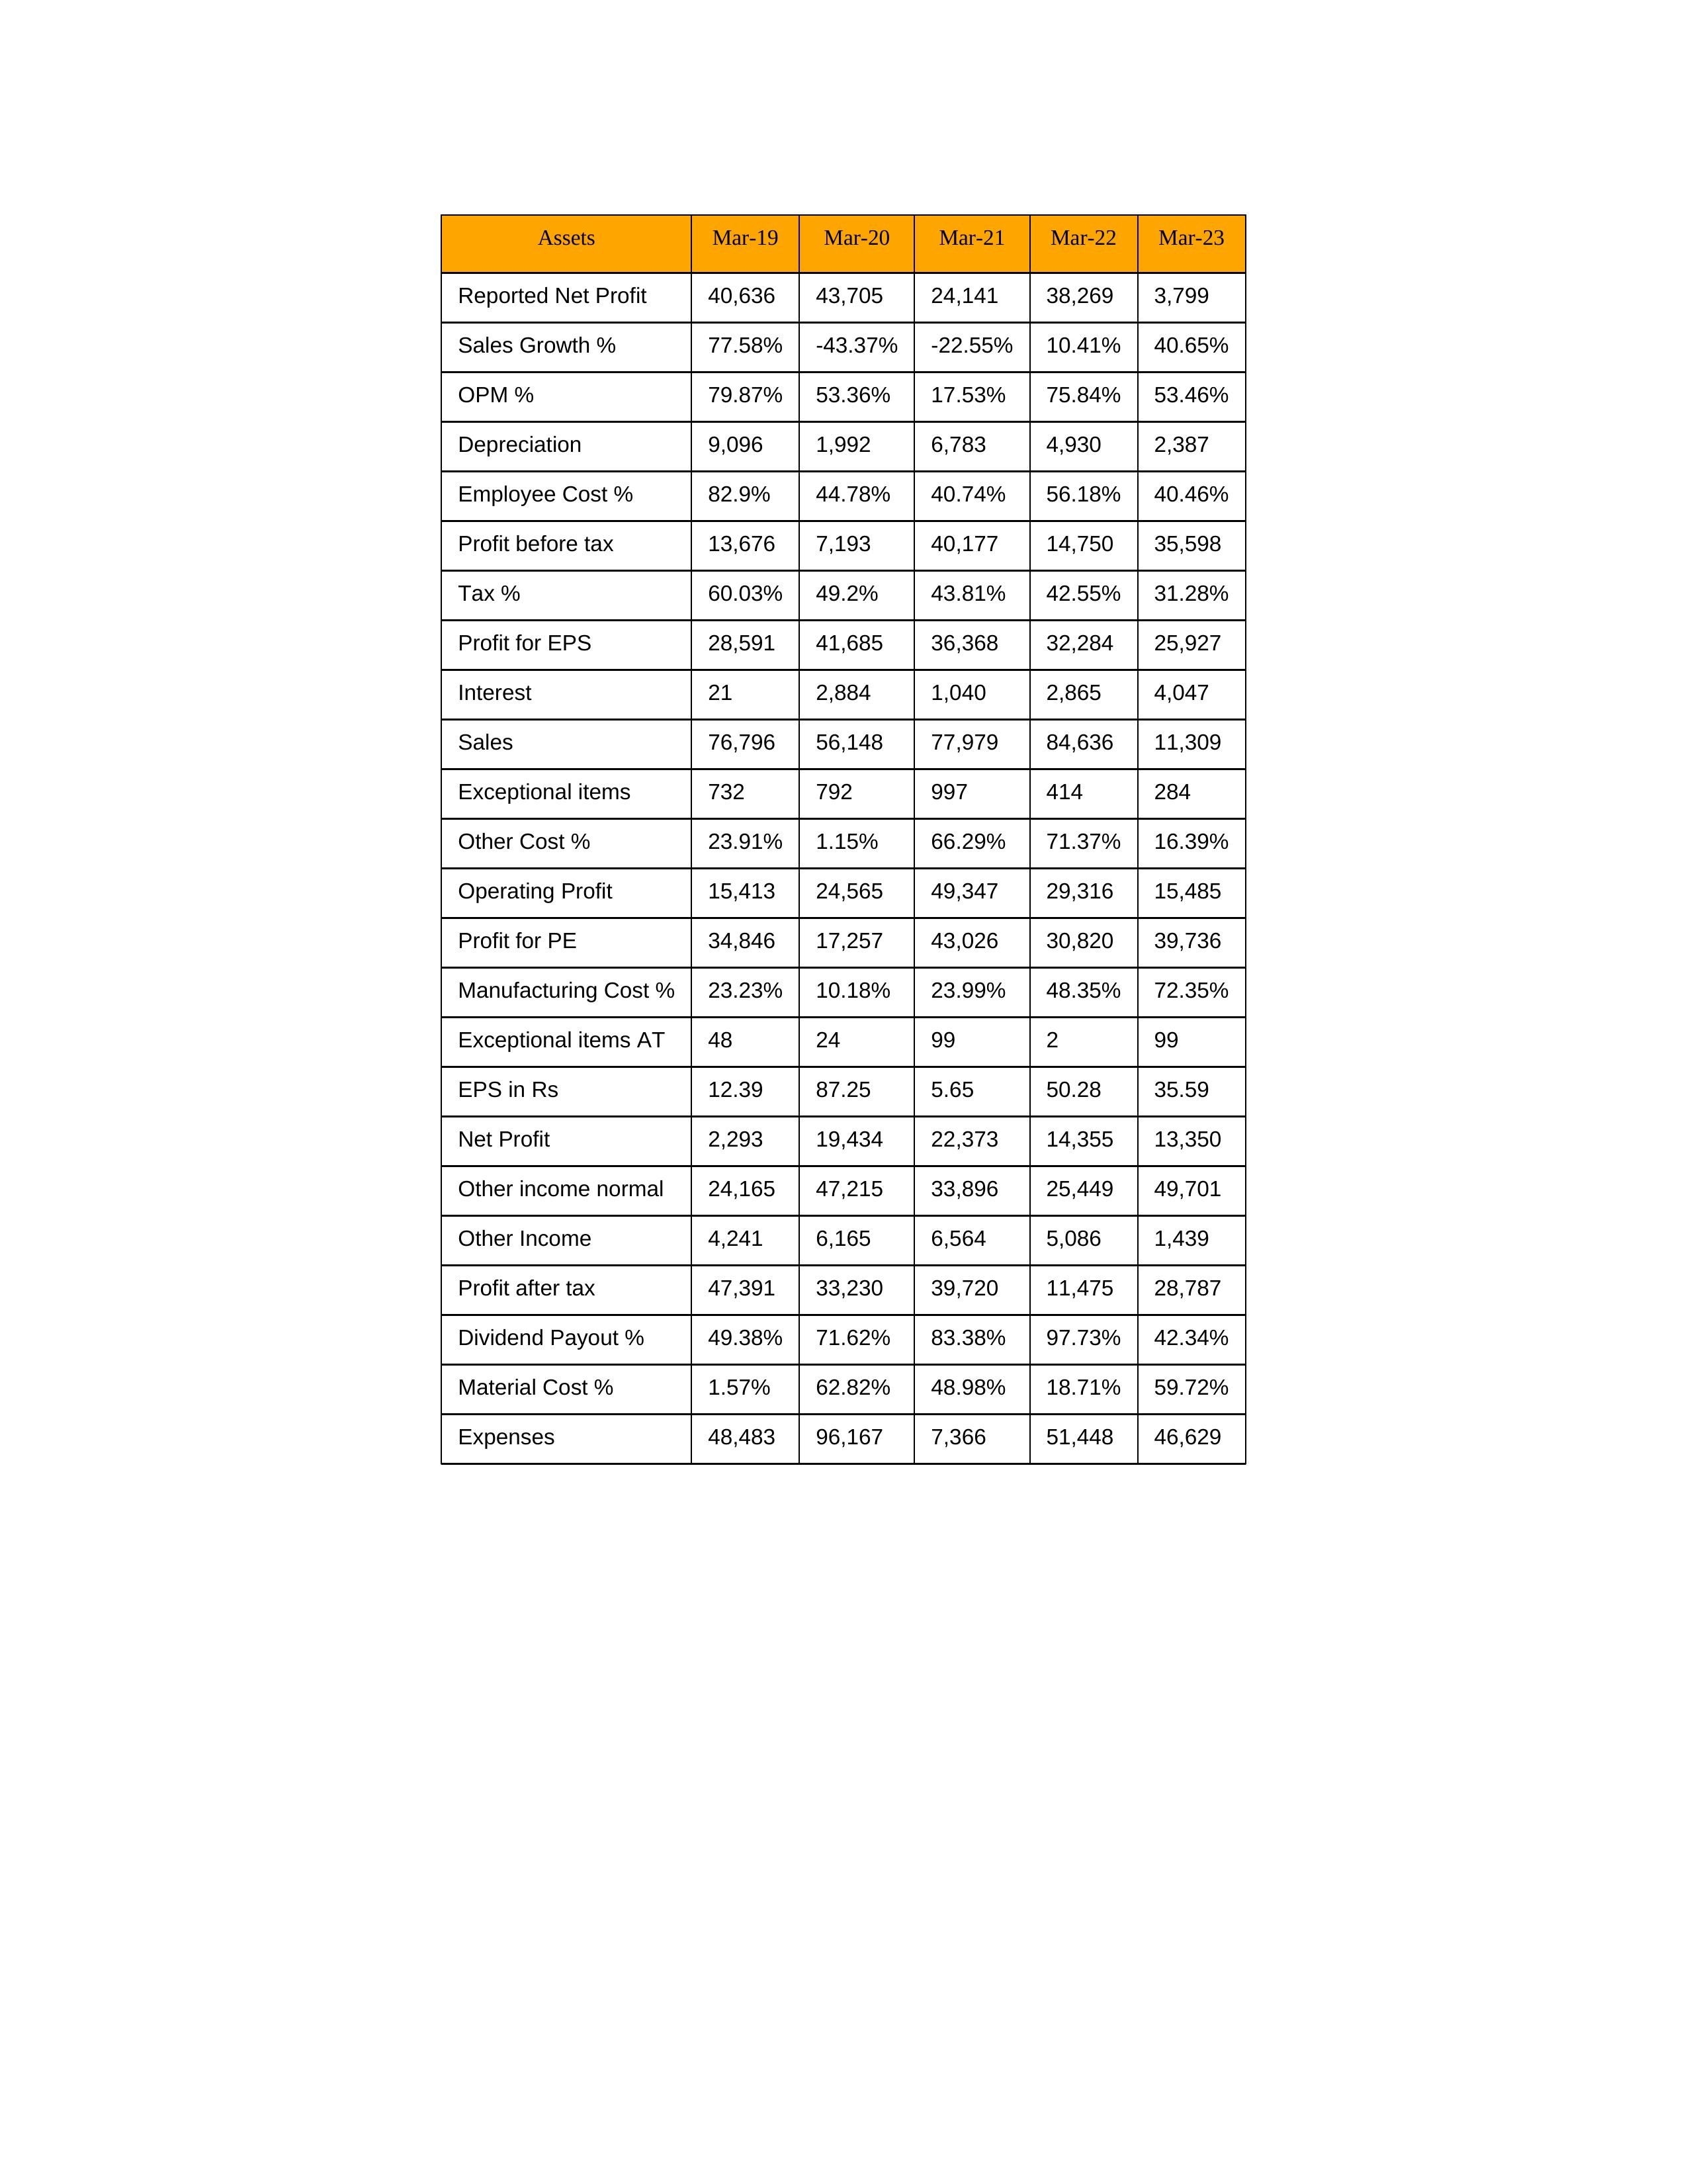
gt_parse: Mar-19: Sales: 76,796
Sales Growth %: 77.58%
Expenses: 48,483
Material Cost %: 1.57%
Manufacturing Cost %: 23.23%
Employee Cost %: 82.9%
Other Cost %: 23.91%
Operating Profit: 15,413
OPM %: 79.87%
Other Income: 4,241
Exceptional items: 732
Other income normal: 24,165
Interest: 21
Depreciation: 9,096
Profit before tax: 13,676
Tax %: 60.03%
Net Profit: 2,293
Profit after tax: 47,391
Reported Net Profit: 40,636
Profit for EPS: 28,591
Exceptional items AT: 48
Profit for PE: 34,846
EPS in Rs: 12.39
Dividend Payout %: 49.38%
Mar-20: Sales: 56,148
Sales Growth %: -43.37%
Expenses: 96,167
Material Cost %: 62.82%
Manufacturing Cost %: 10.18%
Employee Cost %: 44.78%
Other Cost %: 1.15%
Operating Profit: 24,565
OPM %: 53.36%
Other Income: 6,165
Exceptional items: 792
Other income normal: 47,215
Interest: 2,884
Depreciation: 1,992
Profit before tax: 7,193
Tax %: 49.2%
Net Profit: 19,434
Profit after tax: 33,230
Reported Net Profit: 43,705
Profit for EPS: 41,685
Exceptional items AT: 24
Profit for PE: 17,257
EPS in Rs: 87.25
Dividend Payout %: 71.62%
Mar-21: Sales: 77,979
Sales Growth %: -22.55%
Expenses: 7,366
Material Cost %: 48.98%
Manufacturing Cost %: 23.99%
Employee Cost %: 40.74%
Other Cost %: 66.29%
Operating Profit: 49,347
OPM %: 17.53%
Other Income: 6,564
Exceptional items: 997
Other income normal: 33,896
Interest: 1,040
Depreciation: 6,783
Profit before tax: 40,177
Tax %: 43.81%
Net Profit: 22,373
Profit after tax: 39,720
Reported Net Profit: 24,141
Profit for EPS: 36,368
Exceptional items AT: 99
Profit for PE: 43,026
EPS in Rs: 5.65
Dividend Payout %: 83.38%
Mar-22: Sales: 84,636
Sales Growth %: 10.41%
Expenses: 51,448
Material Cost %: 18.71%
Manufacturing Cost %: 48.35%
Employee Cost %: 56.18%
Other Cost %: 71.37%
Operating Profit: 29,316
OPM %: 75.84%
Other Income: 5,086
Exceptional items: 414
Other income normal: 25,449
Interest: 2,865
Depreciation: 4,930
Profit before tax: 14,750
Tax %: 42.55%
Net Profit: 14,355
Profit after tax: 11,475
Reported Net Profit: 38,269
Profit for EPS: 32,284
Exceptional items AT: 2
Profit for PE: 30,820
EPS in Rs: 50.28
Dividend Payout %: 97.73%
Mar-23: Sales: 11,309
Sales Growth %: 40.65%
Expenses: 46,629
Material Cost %: 59.72%
Manufacturing Cost %: 72.35%
Employee Cost %: 40.46%
Other Cost %: 16.39%
Operating Profit: 15,485
OPM %: 53.46%
Other Income: 1,439
Exceptional items: 284
Other income normal: 49,701
Interest: 4,047
Depreciation: 2,387
Profit before tax: 35,598
Tax %: 31.28%
Net Profit: 13,350
Profit after tax: 28,787
Reported Net Profit: 3,799
Profit for EPS: 25,927
Exceptional items AT: 99
Profit for PE: 39,736
EPS in Rs: 35.59
Dividend Payout %: 42.34%